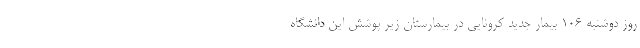
روز دوشنبه ۱۰۶ بیمار جدید کرونایی در بیمارستان زیر پوشش این دانشگاه